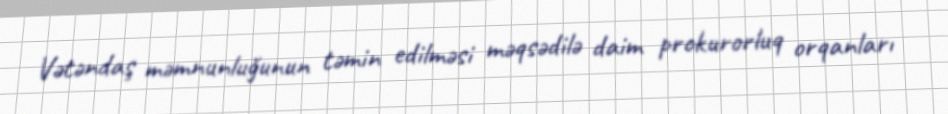
Vətəndaş məmnunluğunun təmin edilməsi məqsədilə daim prokurorluq orqanları